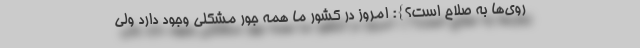
روی‌ها به صلاح است؟}: امروز در کشور ما همه جور مشکلی وجود دارد ولی